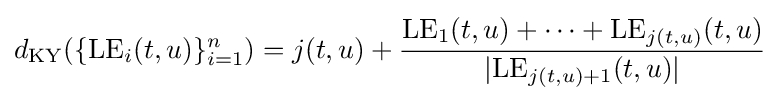
d_{\rm {KY}}(\{{\rm {LE}}_{i}(t,u)\}_{i=1}^{n})=j(t,u)+{\frac {{\rm {LE}}_{1}(t,u)+\cdots +{\rm {LE}}_{j(t,u)}(t,u)}{|{\rm {LE}}_{j(t,u)+1}(t,u)|}}